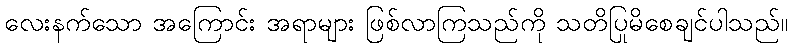
လေးနက်သော အကြောင်း အရာများ ဖြစ်လာကြသည်ကို သတိပြုမိစေချင်ပါသည်။